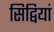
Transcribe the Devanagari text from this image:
सिद्वियां